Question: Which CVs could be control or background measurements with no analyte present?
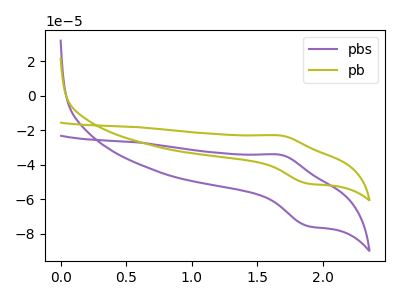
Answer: <think>The purple curve "pbs" has an anodic peak at (1.70V, -34.35uA) and a cathodic peak at (1.90V, -75.70uA). The olive curve "pb" has an anodic peak at (1.70V, -23.15uA) and a cathodic peak at (1.90V, -51.00uA).</think>
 <answer>There are not any CV's on this graph that are likely to be blanks.</answer>
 <eval>none</eval>